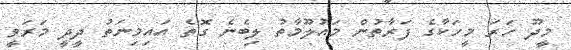
މީދޫ ހަރަ މީހަކާގެ ފަރާތުން މައުލޫމާތު ލިބެނެ ގޮތެ އައިމިނަތު ދީދީ މަރަވީ